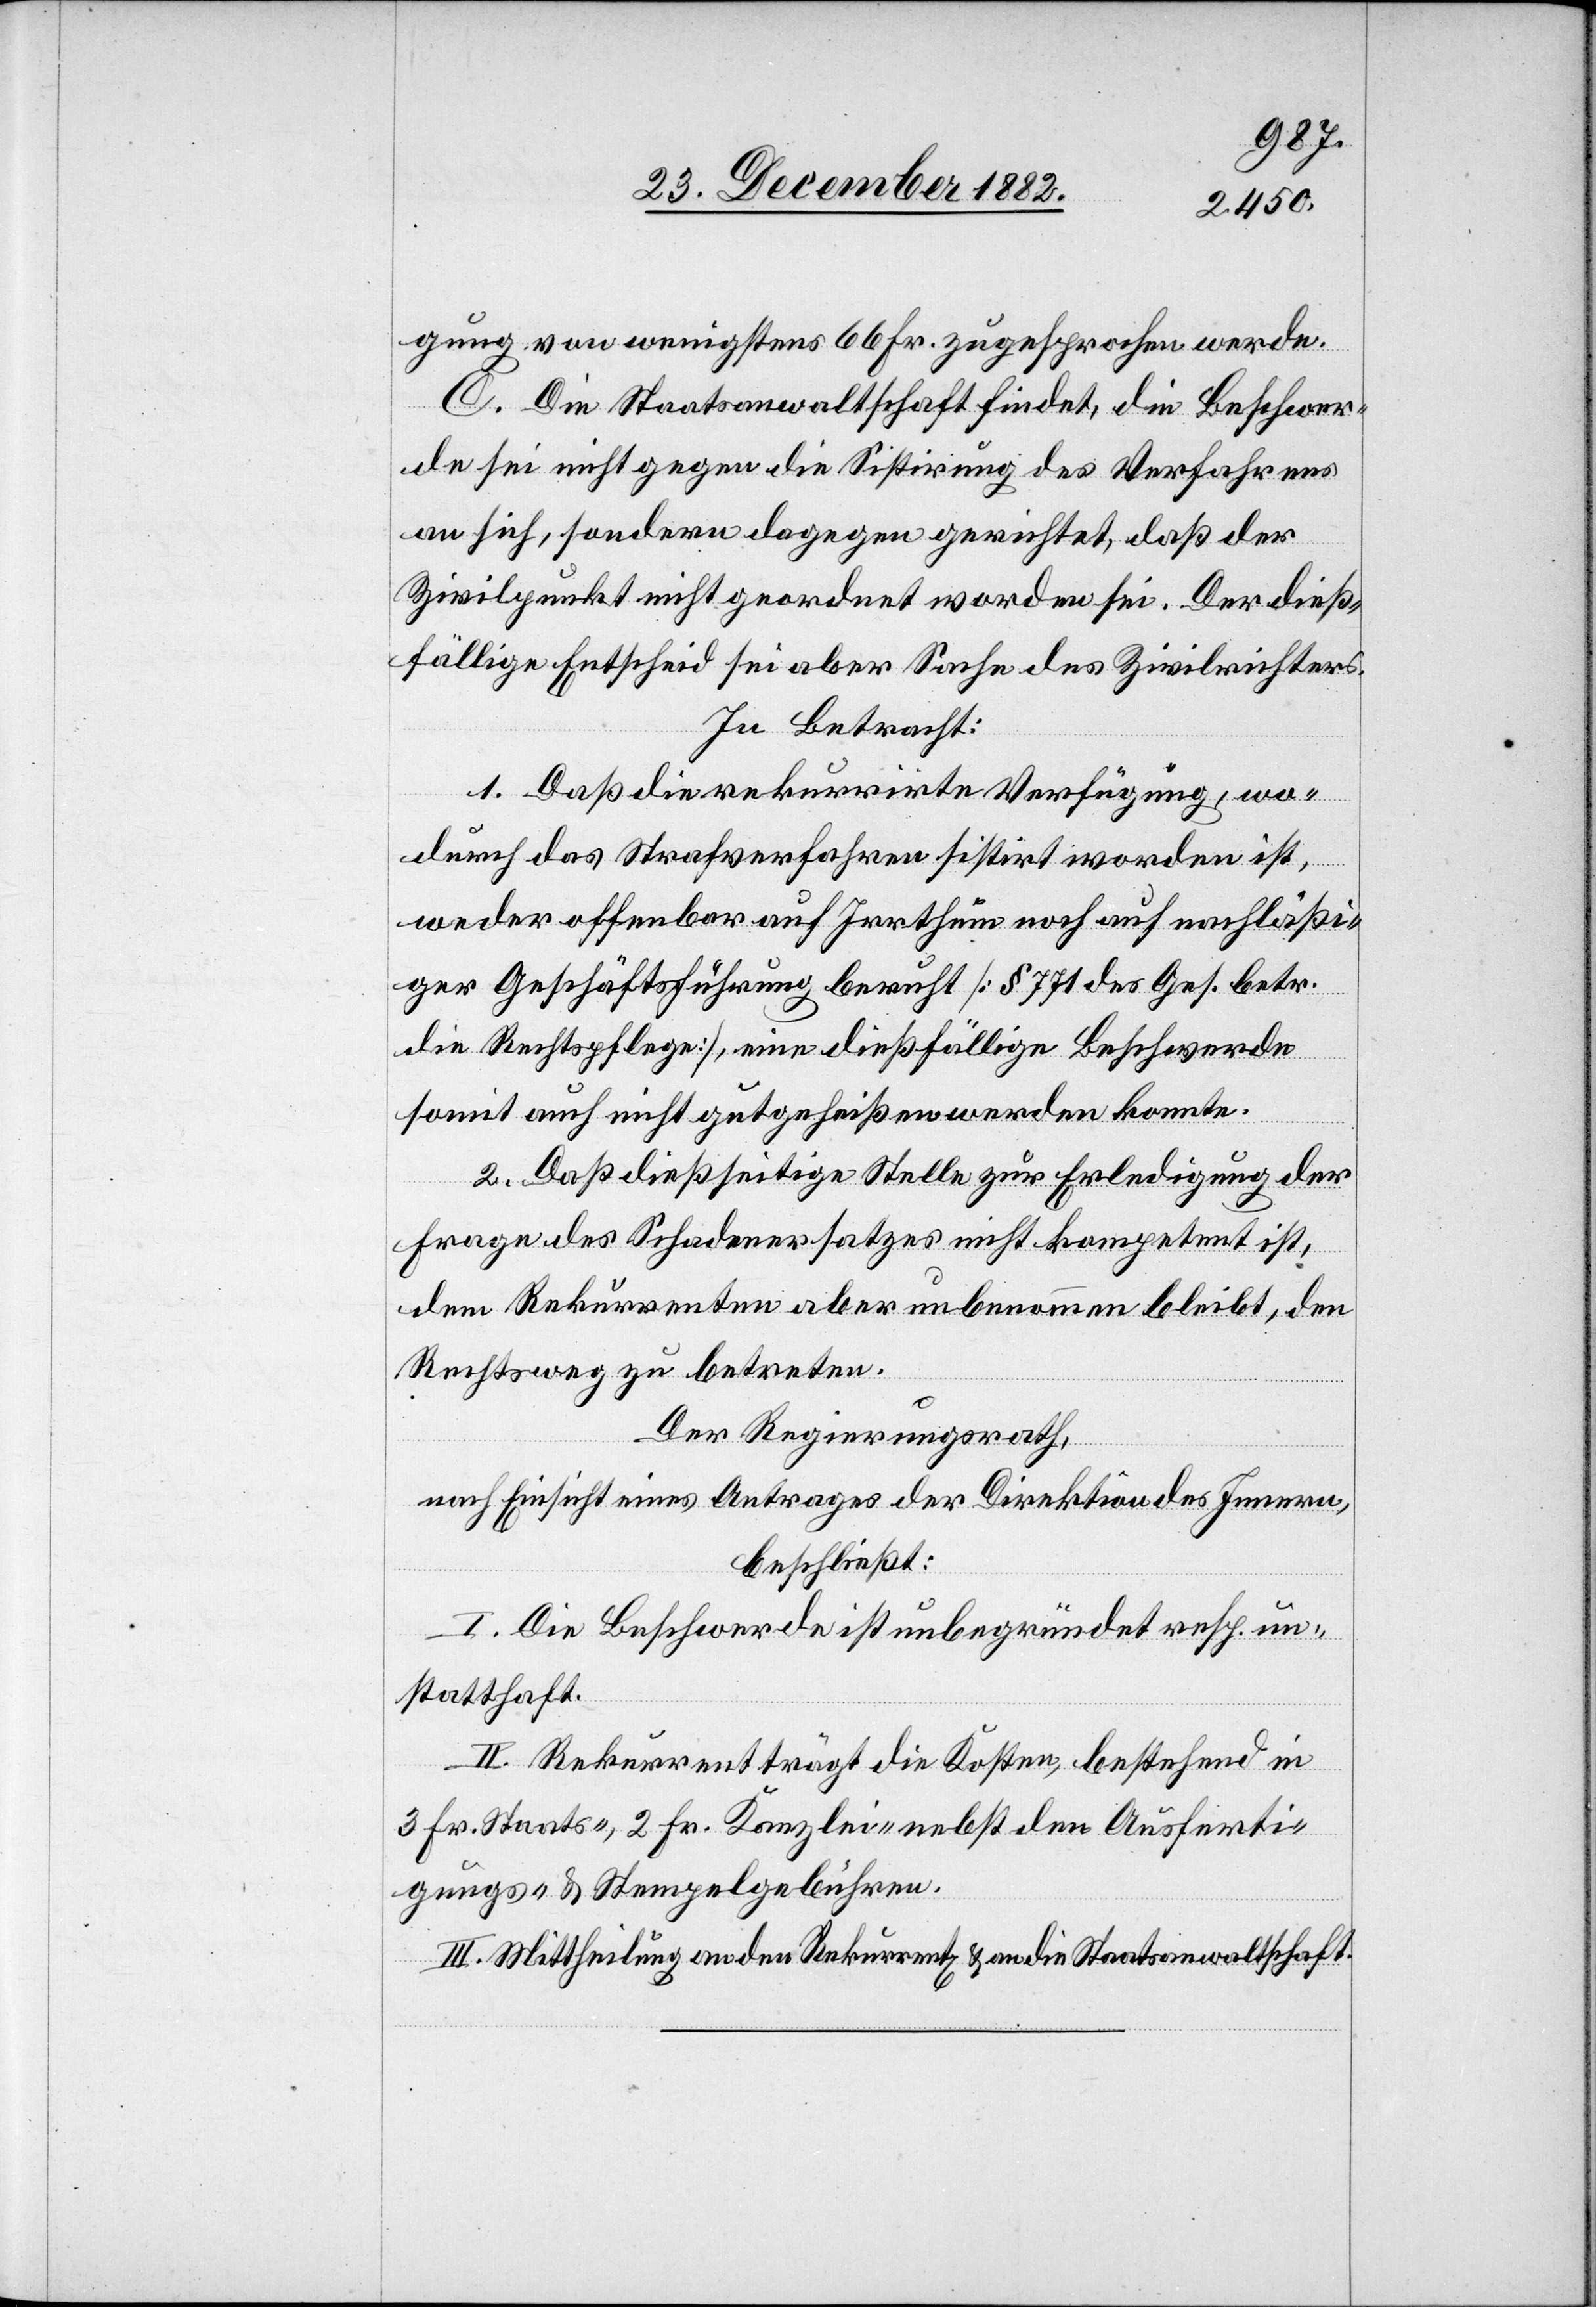
gung von wenigstens 66 Fr. zugesprochen werde.
C. Die Staatsanwaltschaft findet, die Beschwer¬
de sei nicht gegen die Sistirung des Verfahrens
an sich, sondern dagegen gerichtet, daß der
Zivilpunkt nicht geordnet worden sei. Der dieß¬
fällige Entscheid sei aber Sache des Zivilrichters.
In Betracht:
1. Daß die rekurrirte Verfügung, wo¬
durch das Strafverfahren sistirt worden ist,
weder offenbar auf Irrthum noch auf nachläßi¬
ger Geschäftsführung beruht [§ 771 des Ges. betr.
die Rechtspflege], eine dießfällige Beschwerde
somit auch nicht gutgeheißen werden konnte.
2. Daß dießseitige Stelle zur Erledigung der
Frage des Schadenersatzes nicht kompetent ist,
dem Rekurrenten aber unbenommen bleibt, den
Rechtsweg zu betreten.
Der Regierungsrath,
nach Einsicht eines Antrages der Direktion des Innern,
beschließt:
I. Die Beschwerde ist unbegründet resp. un¬
statthaft.
II. Rekurrent trägt die Kosten, bestehend in
3 Fr. Staats-, 2 Fr. Kanzlei nebst den Ausferti¬
gungs- & Stempelgebühren.
III. Mittheilung an den Rekurrenten & an die Staatsanwaltschaft.